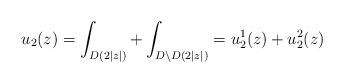
LaTeX: \begin{align*}u_2(z)=\int_{D(2|z|)}+\int_{D\setminus D(2|z|)}=u_2^1(z)+u_2^2(z)\end{align*}